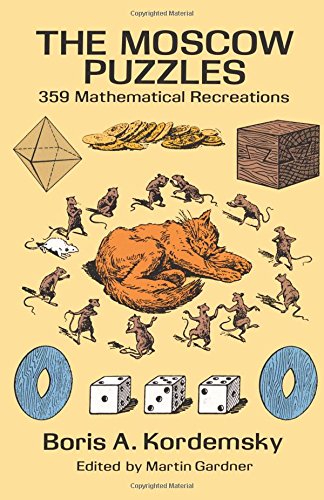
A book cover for The Moscow Puzzles: 359 Mathematical Recreations (Dover Recreational Math); Boris A. Kordemsky; Humor & Entertainment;